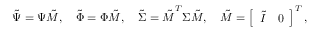
\boldsymbol { \tilde { \Psi } } = \boldsymbol { \Psi } \boldsymbol { \tilde { M } } , \quad \boldsymbol { \tilde { \Phi } } = \boldsymbol { \Phi } \boldsymbol { \tilde { M } } , \quad \boldsymbol { \tilde { \Sigma } } = \boldsymbol { \tilde { M } } ^ { T } \boldsymbol { \Sigma } \boldsymbol { \tilde { M } } , \quad \boldsymbol { \tilde { M } } = \left[ \begin{array} { l l } { \boldsymbol { \tilde { I } } } & { \boldsymbol { 0 } } \end{array} \right] ^ { T } ,